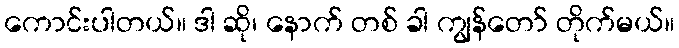
ကောင်းပါတယ်။ ဒါ ဆို၊ နောက် တစ် ခါ ကျွန်တော် တိုက်မယ်။